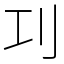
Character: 㓚